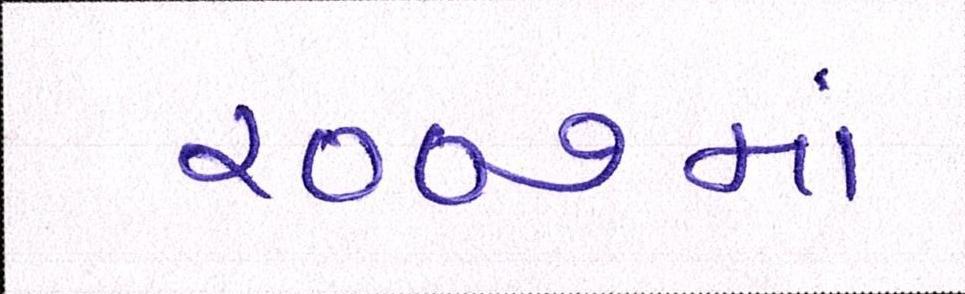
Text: ૨૦૦૭માં